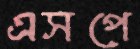
এসপে